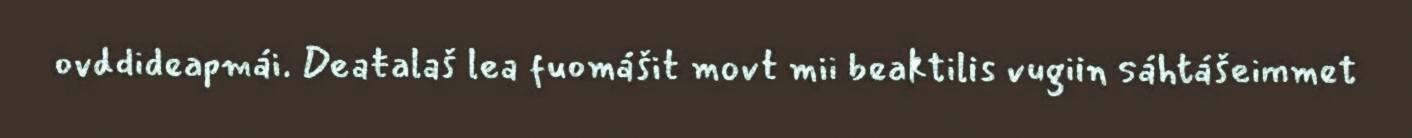
ovddideapmái. Deaŧalaš lea fuomášit movt mii beaktilis vugiin sáhtášeimmet